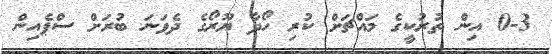
0-3 އިން ތުރުކީގެ މައްޗަށް ކުރި ހޯދާ ޔޫރޯގެ ދެވަނަ ބުރަށް ސްޕެއިން